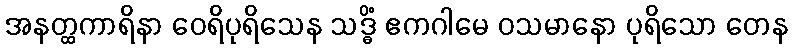
အနတ္ထကာရိနာ ဝေရိပုရိသေန သဒ္ဓိံ ဧကဂါမေ ဝသမာနော ပုရိသော တေန